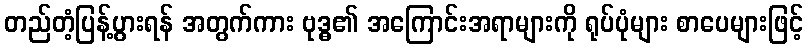
တည်တံ့ပြန့်ပွားရန် အတွက်ကား ဗုဒ္ဓ၏ အကြောင်းအရာများကို ရုပ်ပုံများ စာပေများဖြင့်